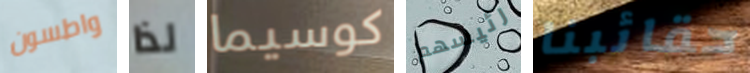
واطسون لذا كوسيما رئيسهم حقائبنا